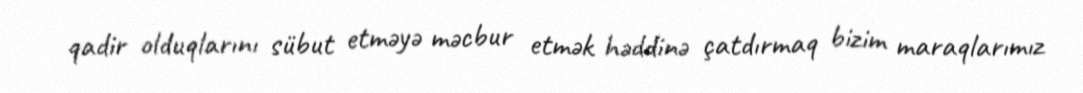
qadir olduqlarını sübut etməyə məcbur etmək həddinə çatdırmaq bizim maraqlarımız